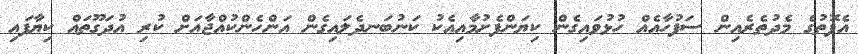
އެފޮތުގެ މެދުތެރެއިން ސަފުހާއެއް ހުޅުވައިގެން ކިޔަންފެށުމާއިއެކު ކަނުބަނދެލައިގެން އަންހެންކުއްޖާއަށް ކުރި އުދަގޫތައް ކިޔާފައި